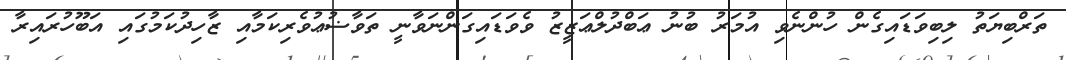
ތަރްބިޔަތު ލިބިވަޑައިގެން ހުންނެވި އުމަރު ބުނު ޢަބްދުލްޢަޒީޒު ވެވަޑައިގަންނަވާނީ ތަވާޟުޢުވެރިކަމާއި ޒާހިދުކަމުގައި އަބޫހުރައިރާ